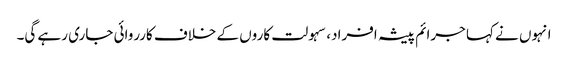
انہوں نے کہا جرائم پیشہ افراد، سہولت کاروں کے خلاف کارروائی جاری رہے گی۔